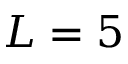
L = 5